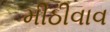
મીઠીવાવ